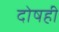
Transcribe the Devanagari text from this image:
दोषही